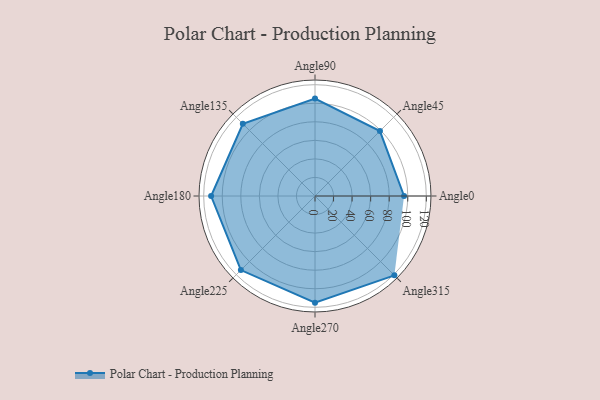
{"axis": {"x": "Angle", "y": "Radius"}, "legend": [""], "data": [{"x": "Angle0", "y": 96.0, "type": ""}, {"x": "Angle45", "y": 99.0, "type": ""}, {"x": "Angle90", "y": 105.0, "type": ""}, {"x": "Angle135", "y": 110.0, "type": ""}, {"x": "Angle180", "y": 112.0, "type": ""}, {"x": "Angle225", "y": 113.0, "type": ""}, {"x": "Angle270", "y": 115.0, "type": ""}, {"x": "Angle315", "y": 121.0, "type": ""}]}